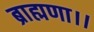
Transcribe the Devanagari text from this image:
ब्राह्मणा।।